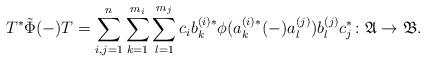
LaTeX: \begin{align*} T^\ast \tilde \Phi(-) T = \sum_{i,j=1}^n \sum_{k=1}^{m_i} \sum_{l=1}^{m_j} c_i b_k^{(i) \ast} \phi(a_k^{(i)\ast} (-) a_l^{(j)}) b_l^{(j)} c_j^\ast \colon \mathfrak A \to \mathfrak B.\end{align*}